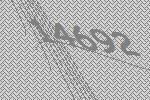
14692